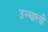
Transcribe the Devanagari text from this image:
उन्चाली